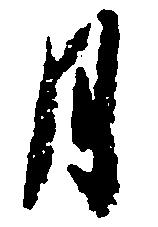
月